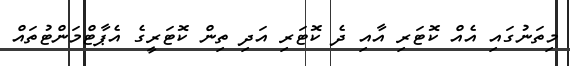
މިތަނުގައި އެއް ކޮޓަރި އާއި ދެ ކޮޓަރި އަދި ތިން ކޮޓަރީގެ އެޕާޓްމަންޓުތައް